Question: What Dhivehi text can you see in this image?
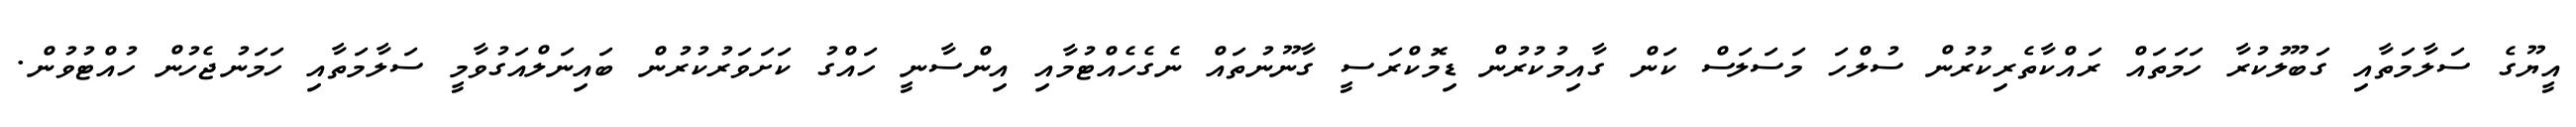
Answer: އީޔޫގެ ސަލާމަތާއި ގަބޫލުކުރާ ހަމަތައް ރައްކާތެރިކުރުން ސުލްހަ މަސަލަސް ކަން ގާއިމުކުރުން ޑިމޮކްރަސީ ގާނޫނުތައް ނެގެހެއްޓުމާއި އިންސާނީ ހައްގު ކަށަވަރުކުރުން ބައިނަލްއަގުވާމީ ސަލާމަތާއި ހަމަނުޖެހުން ހުއްޓުވުން.